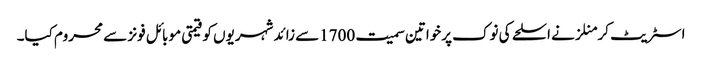
اسٹریٹ کر منلزنے اسلحے کی نوک پرخواتین سمیت 1700سے زائد شہریوں کو قیمتی موبائل فونز سے محروم کیا۔